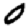
Digit: 0